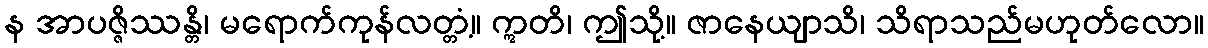
န အာပဇ္ဇိဿန္တိ၊ မရောက်ကုန်လတ္တံ့။ ဣတိ၊ ဤသို့။ ဇာနေယျာသိ၊ သိရာသည်မဟုတ်လော။